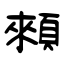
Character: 顂